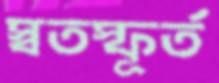
স্বতস্ফূর্ত